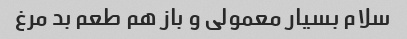
سلام بسیار معمولی و باز هم طعم بد مرغ